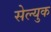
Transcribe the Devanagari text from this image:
सेल्युक